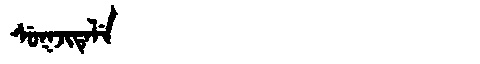
Manchu: ᠰᡠᡴᠵᡳᡨᡝᠯᡝ
Romanization: SUKJITELE